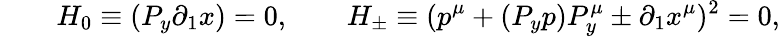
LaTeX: \qquad H_{0}\equiv(P_{y}\partial_{1}x)=0,\qquad H_{\pm}\equiv(p^{\mu}+(P_{y}p)P_{y}^{\mu}\pm\partial_{1}x^{\mu})^{2}=0,